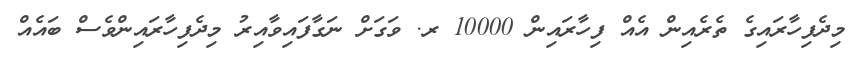
މިދެފިހާރައިގެ ތެރެއިން އެއް ފިހާރައިން 10000 ރ. ވަގަށް ނަގާފައިވާއިރު މިދެފިހާރައިންވެސް ބައެއް